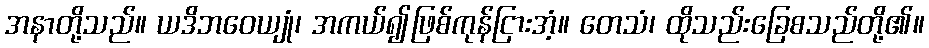
အနာတို့သည်။ ယဒိဘဝေယျုံ၊ အကယ်၍ဖြစ်ကုန်ငြားအံ့။ တေသံ၊ ထိုသည်းခြေစသည်တို့၏။